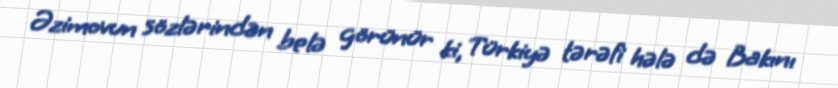
Əzimovun sözlərindən belə görünür ki, Türkiyə tərəfi hələ də Bakını